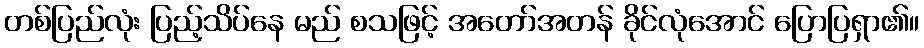
တစ်ပြည်လုံး ပြည့်သိပ်နေ မည် စသဖြင့် အတော်အတန် ခိုင်လုံအောင် ပြောပြရှာ၏။